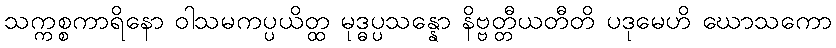
သက္ကစ္စကာရိနော ဝါသမကပ္ပယိတ္ထ မုဒ္ဓပ္ပသန္နော နိဗ္ဗတ္တီယတီတိ ပဒုမေဟိ ဃောသကော